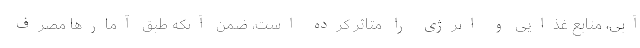
آبی، منابع غذایی و انرژی را متاثر کرده است، ضمن آنکه طبق آمارها مصرف